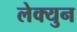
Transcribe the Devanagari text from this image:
लेक्युन